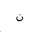
Letter: _non